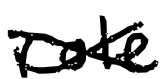
Text: role
Cross-out: mix
Writing tool: digital_black